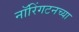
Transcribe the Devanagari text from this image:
नॉरिंगटनच्या